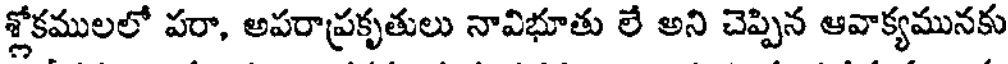
శ్లోకములలో పరా, అపరాప్రకృతులు నావిభూతు లే అని చెప్పిన ఆవాక్యమునకు